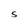
Character: S